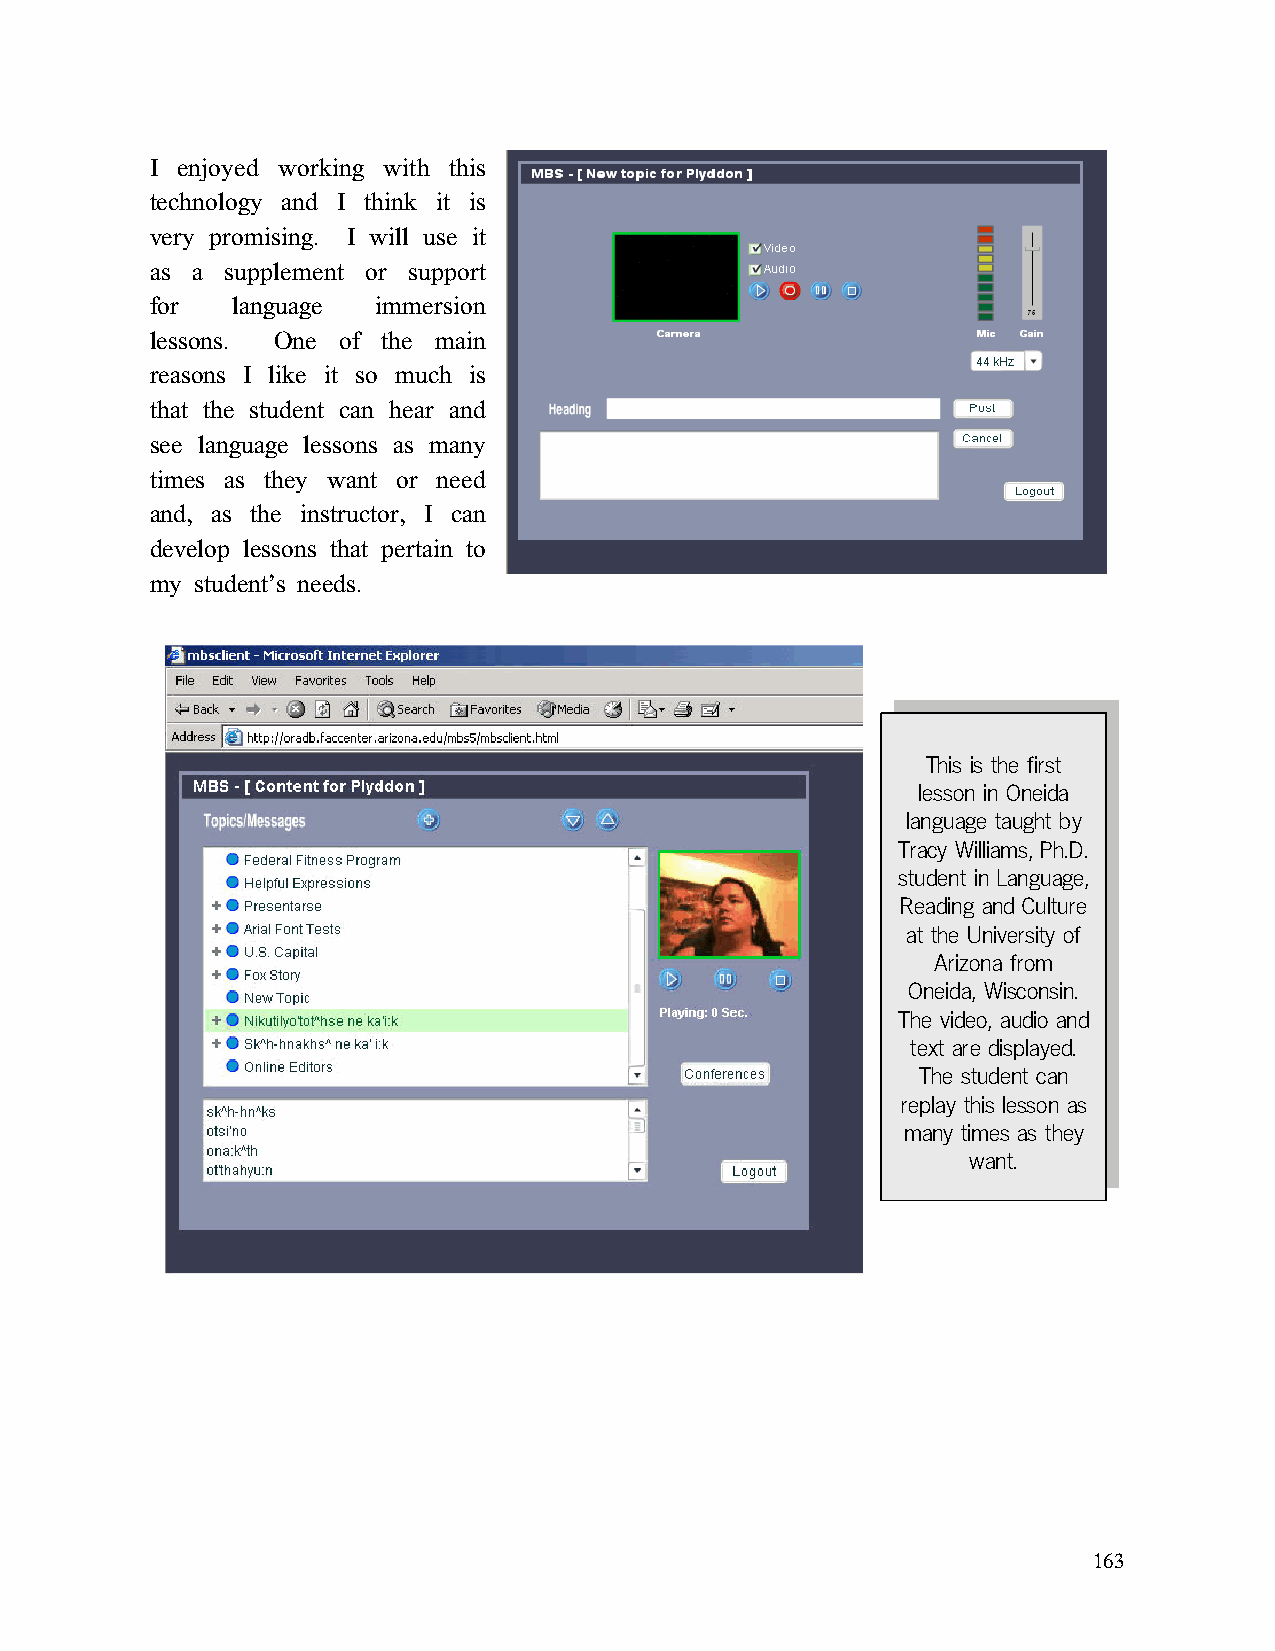
I enjoyed working with this
 technology and I think it is
 very promising. I will use it
 as a supplement or support
 for  language  immersion
 lessons. One of the main
 reasons I like it so much is
 that the student can hear and
 see language lessons as many
 times as they want or need
 and, as the instructor, I can
 develop lessons that pertain to
 my student’s needs.
 This is the first
 lesson in Oneida
 language taught by
 Tracy Williams, Ph.D.
 student in Language,
 Reading and Culture
 at the University of
 Arizona from
 Oneida, Wisconsin.
 The video, audio and
 text are displayed.
 The student can
 replay this lesson as
 many times as they
 want.
 163